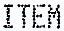
ITEM